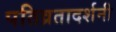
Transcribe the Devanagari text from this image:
पतिव्रतादर्शनी